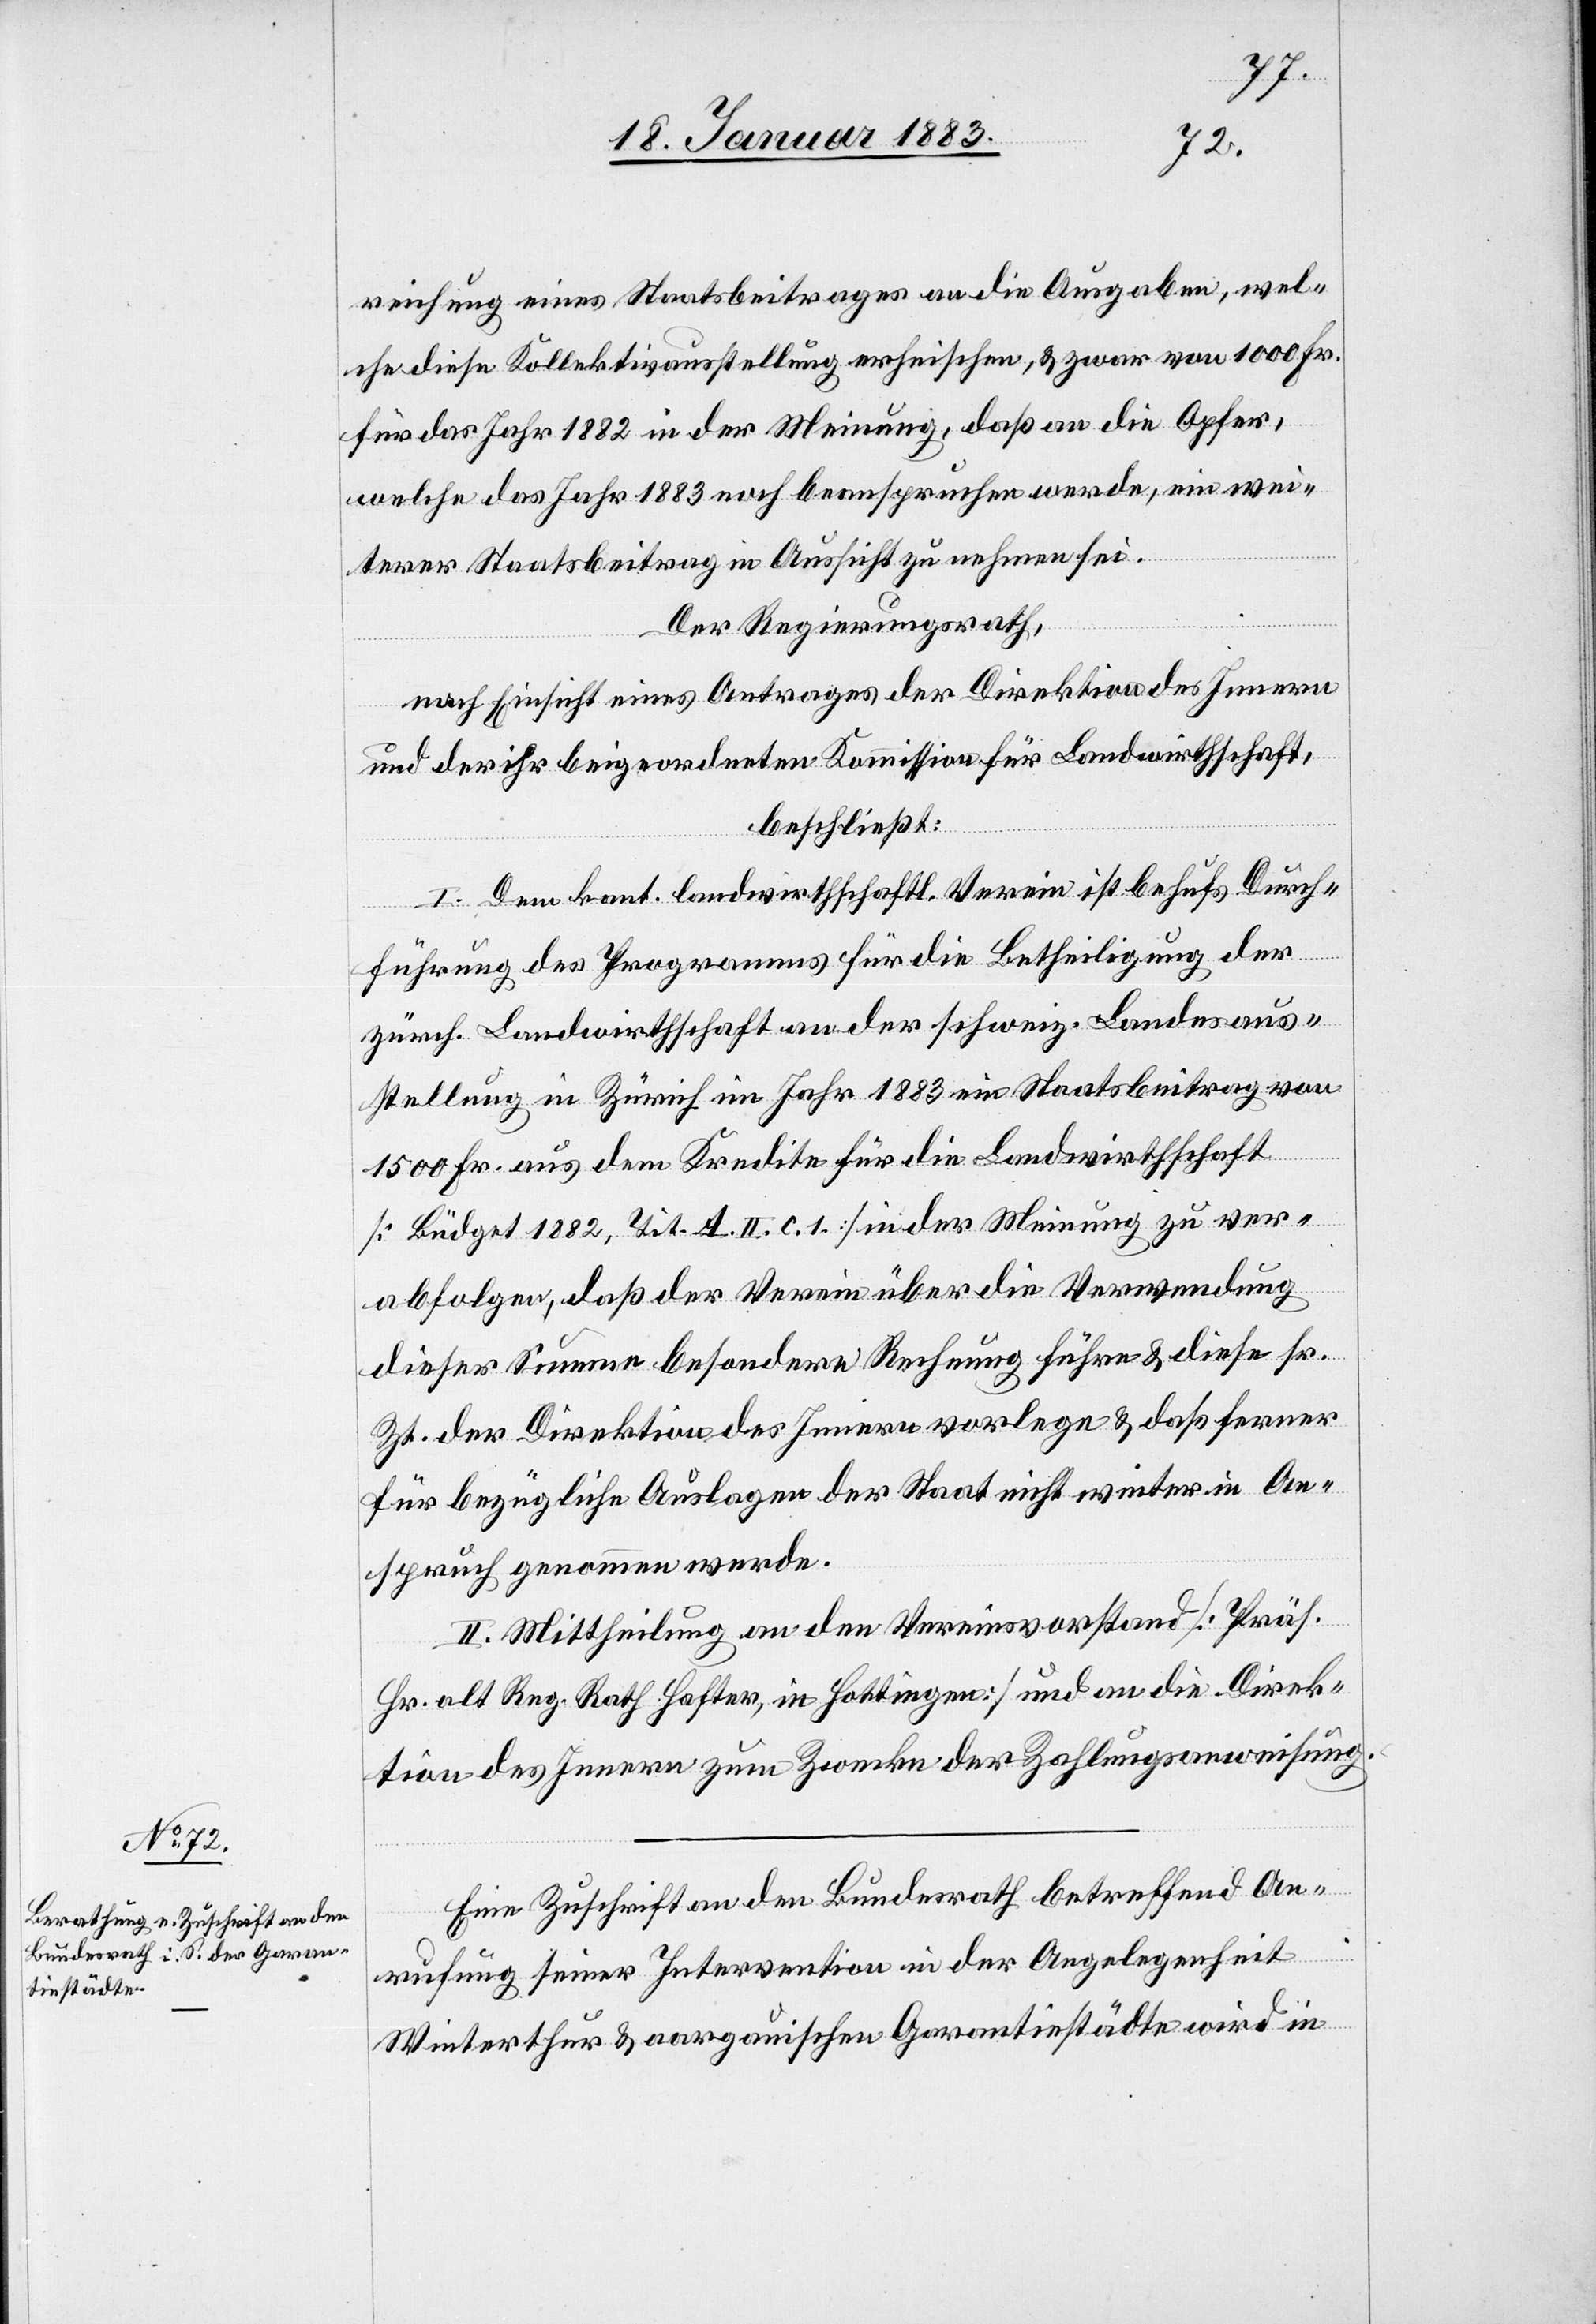
reichung eines Staatsbeitrages an die Ausgaben, wel¬
che diese Kollektivausstellung erheischen, & zwar von 1000 Fr.
für das Jahr 1882 in der Meinung, daß an die Opfer,
welche das Jahr 1883 noch beanspruchen werde, ein wei¬
terer Staatsbeitrag in Aussicht zu nehmen sei.
Der Regierungsrath,
nach Einsicht eines Antrages der Direktion des Innern
und der ihr beigeordneten Kommission für Landwirthschaft,
beschließt:
I. Dem kant. landwirthschaftl. Verein ist behufs Durch¬
führung des Programms für die Betheiligung der
zürch. Landwirthschaft an der schweiz. Landesaus¬
stellung in Zürich im Jahr 1883 ein Staatsbeitrag von
1500 Fr. aus dem Kredite für die Landwirthschaft
[Büdget 1882, Tit. A. II. c. 1.] in der Meinung zu ver¬
abfolgen, daß der Verein über die Verwendung
dieser Summe besondere Rechnung führe & diese sr.
Zt. der Direktion des Innern vorlege & daß ferner
für bezügliche Auslagen der Staat nicht weiter in An¬
spruch genommen werde.
II. Mittheilung an den Vereinsvorstand [Präs.
Hr. alt Reg. Rath Hafter, in Hottingen] und an die Direk¬
tion des Innern zum Zwecke der Zahlungsanweisung.
Eine Zuschrift an den Bundesrath betreffend An¬
suchung seiner Intervention in der Angelegenheit
Winterthur & aargauische Garantiestädte wird in